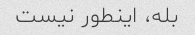
بله، اینطور نیست